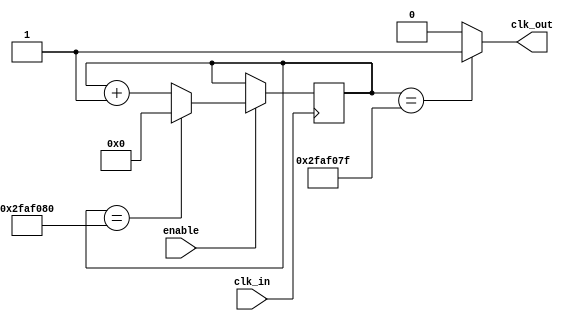
`timescale 1ns / 1ps
//////////////////////////////////////////////////////////////////////////////////
// Company: PUC
//
// Design Name: clock divider
// Module Name: clk_mgmt
// Project Name: StopLight
// Target Devices: Basys 3
// Tool Versions:
// Description: clock 2Hz
//
// Dependencies:
//
// Revision:
// Revision 0.01 - File Created
// Additional Comments: *CONVENCION DE ARREGLOS: [LARGO - 1:0]*
//
//////////////////////////////////////////////////////////////////////////////////


module clk_mgmt(
    input wire clk_in,
    input enable,
    output wire clk_out
    );
    //-- Valor por defecto del divisor
    //-- Como en la iCEstick el reloj es de 50MHz, ponermos un valor de 50M
    //-- para obtener una frecuencia de salida de 2Hz
    parameter M = 50_000_000;

    //-- Numero de bits para almacenar el divisor
    //-- Se calculan con la funcion de verilog $clog2, que nos devuelve el
    //-- numero de bits necesarios para representar el numero M
    //-- Es un parametro local, que no se puede modificar al instanciar
    localparam N = $clog2(M);

    //-- Registro para implementar el contador modulo M
    reg [N-1:0] divcounter = 0;

    //-- Contador mdulo M
    always @(posedge clk_in )
      begin
      divcounter <= (enable==1)? (divcounter == M)? 0: divcounter + 1: divcounter;
      end

    //-- Sacar el bit mas significativo por clk_out segun select la frecuencia mas baja se hace con select = 0 y la mas rapida con select = 3
    assign clk_out = (divcounter == M-1)? 1: 0;
endmodule